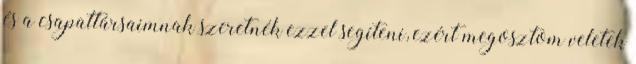
és a csapattársaimnak szeretnék ezzel segíteni, ezért megosztom veletek